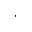
^ ,